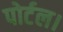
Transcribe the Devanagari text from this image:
पोर्टल।